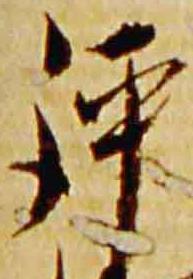
評